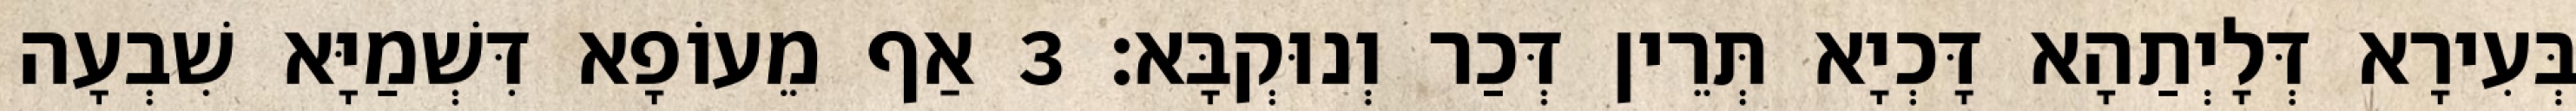
בְּעִירָא דְּלָיְתַהָא דָּכְיָא תְּרֵין דְּכַר וְנוּקְבָּא׃ 3 אַף מֵעוֹפָא דִּשְׁמַיָּא שִׁבְעָה